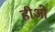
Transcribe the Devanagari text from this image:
हीओ